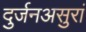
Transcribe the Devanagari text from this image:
दुर्जनअसुरां